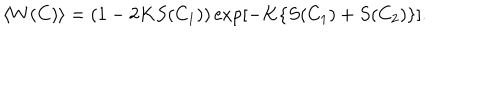
LaTeX: \langle W ( C ) \rangle = ( 1 - 2 K S ( C _ { 1 } ) ) \exp \left[ - K \{ S ( C _ { 1 } ) + S ( C _ { 2 } ) \} \right] .